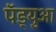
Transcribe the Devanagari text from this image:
पॅड्युआ